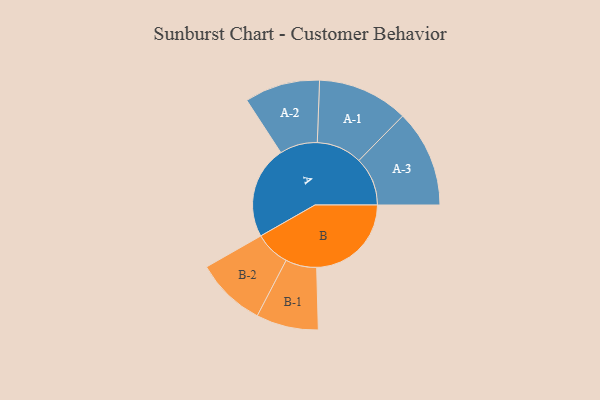
{"axis": {"x": "Segment", "y": "Value"}, "legend": ["", "A", "B"], "data": [{"x": "A", "y": 465, "type": ""}, {"x": "B", "y": 475, "type": ""}, {"x": "A-1", "y": 228, "type": "A"}, {"x": "A-2", "y": 189, "type": "A"}, {"x": "A-3", "y": 244, "type": "A"}, {"x": "B-1", "y": 156, "type": "B"}, {"x": "B-2", "y": 176, "type": "B"}]}